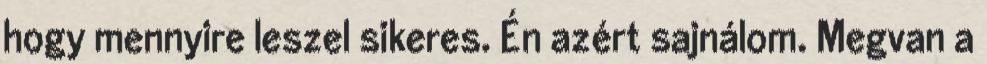
hogy mennyire leszel sikeres. Én azért sajnálom. Megvan a